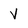
Character: v